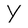
Character: Y